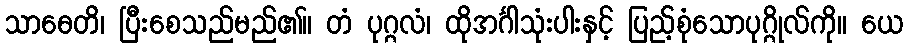
သာဓေတိ၊ ပြီးစေသည်မည်၏။ တံ ပုဂ္ဂလံ၊ ထိုအင်္ဂါသုံးပါးနှင့် ပြည့်စုံသောပုဂ္ဂိုလ်ကို။ ယေ